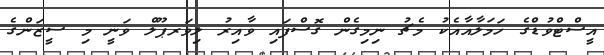
އީސްޓްވުޑްގެ ހަމަލާއާއެކު މެޗު ނިމިގެން ގޮސްފައި ވާއިރު ލިވަރޕޫލް ވަނީ މި ސީޒަންގެ